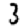
Digit: 3